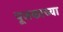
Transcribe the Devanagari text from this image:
पूजकाच्या